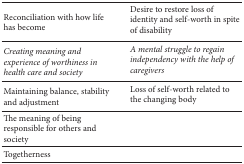
<table><thead><tr><td><b>Reconciliation with how life has become</b></td><td><b>Desire to restore loss of identity and self-worth in spite of disability</b></td></tr></thead><tbody><tr><td><i>Creating meaning and experience of worthiness in health care and society </i></td><td><i>A mental struggle to regain independency with the help of caregivers </i></td></tr><tr><td>Maintaining balance, stability and adjustment</td><td>Loss of self-worth related to the changing body</td></tr><tr><td>The meaning of being responsible for others and society</td><td> </td></tr><tr><td>Togetherness</td><td> </td></tr></tbody></table>